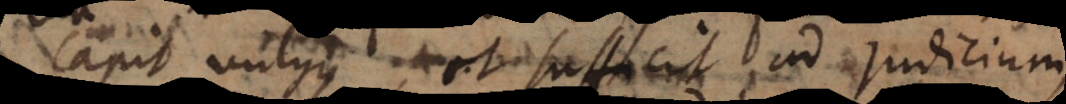
capit vulgus, et sufficit ad judicium,